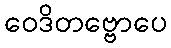
ဝေဒိတဗ္ဗောပေ